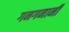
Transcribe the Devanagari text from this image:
गनगनानी